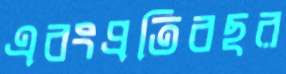
এবংপ্রতিবছর